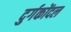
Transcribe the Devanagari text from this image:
दुर्गकोंदल